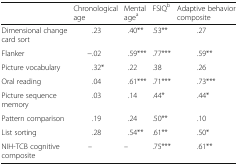
<table><thead><tr><td></td><td><b>Chronological age</b></td><td><b>Mental age<sup>a</sup></b></td><td><b>FSIQ<sup>b</sup></b></td><td><b>Adaptive behavior composite</b></td></tr></thead><tbody><tr><td>Dimensional change card sort</td><td>.23</td><td>.40**</td><td>.53**</td><td>.27</td></tr><tr><td>Flanker</td><td>−.02</td><td>.59***</td><td>.77***</td><td>.59**</td></tr><tr><td>Picture vocabulary</td><td>.32*</td><td>.22</td><td>.38</td><td>.26</td></tr><tr><td>Oral reading</td><td>.04</td><td>.61***</td><td>.71***</td><td>.73***</td></tr><tr><td>Picture sequence memory</td><td>.03</td><td>.14</td><td>.44*</td><td>.44*</td></tr><tr><td>Pattern comparison</td><td>.19</td><td>.24</td><td>.50**</td><td>.10</td></tr><tr><td>List sorting</td><td>.28</td><td>.54**</td><td>.61**</td><td>.50*</td></tr><tr><td>NIH-TCB cognitive composite</td><td>–</td><td>–</td><td>.75***</td><td>.61**</td></tr></tbody></table>